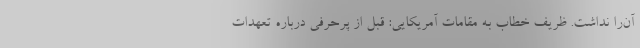
آن‌را نداشت. ظریف خطاب به مقامات آمریکایی: قبل از پرحرفی درباره تعهدات